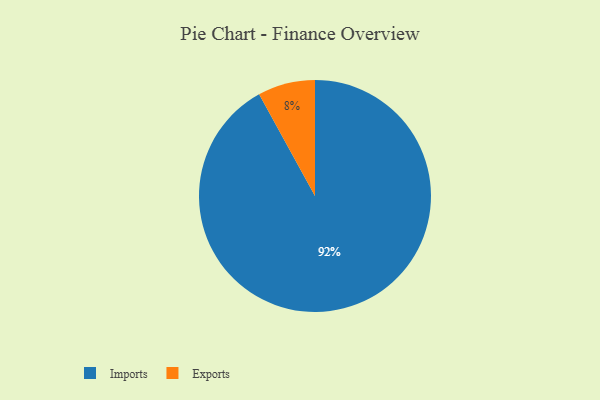
{"axis": {"x": "Category", "y": "Percentage"}, "legend": ["Exports", "Imports"], "data": [{"x": "Imports", "y": 92, "type": "Imports"}, {"x": "Exports", "y": 8, "type": "Exports"}]}